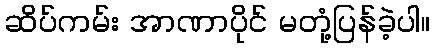
ဆိပ်ကမ်း အာဏာပိုင် မတုံ့ပြန်ခဲ့ပါ။